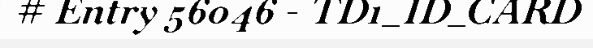
# Entry 56046 - TD1_ID_CARD